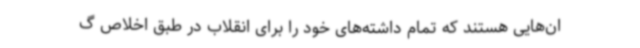
ان‌هایی هستند که تمام داشته‌های خود را برای انقلاب در طبق اخلاص گ